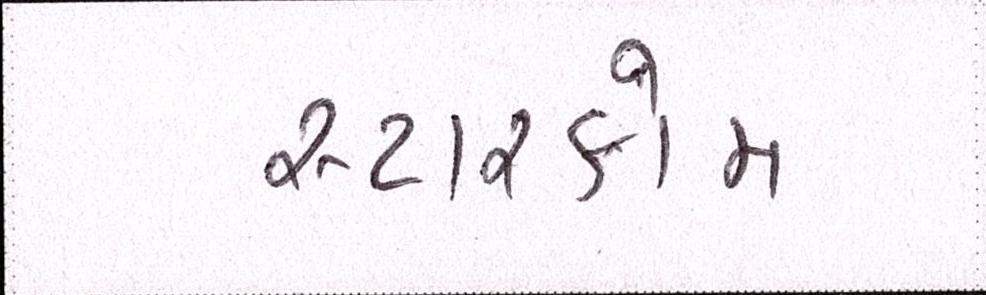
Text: સ્ટારકોમ